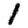
Digit: 1